Mustjala_vallavalitsus, lk 3
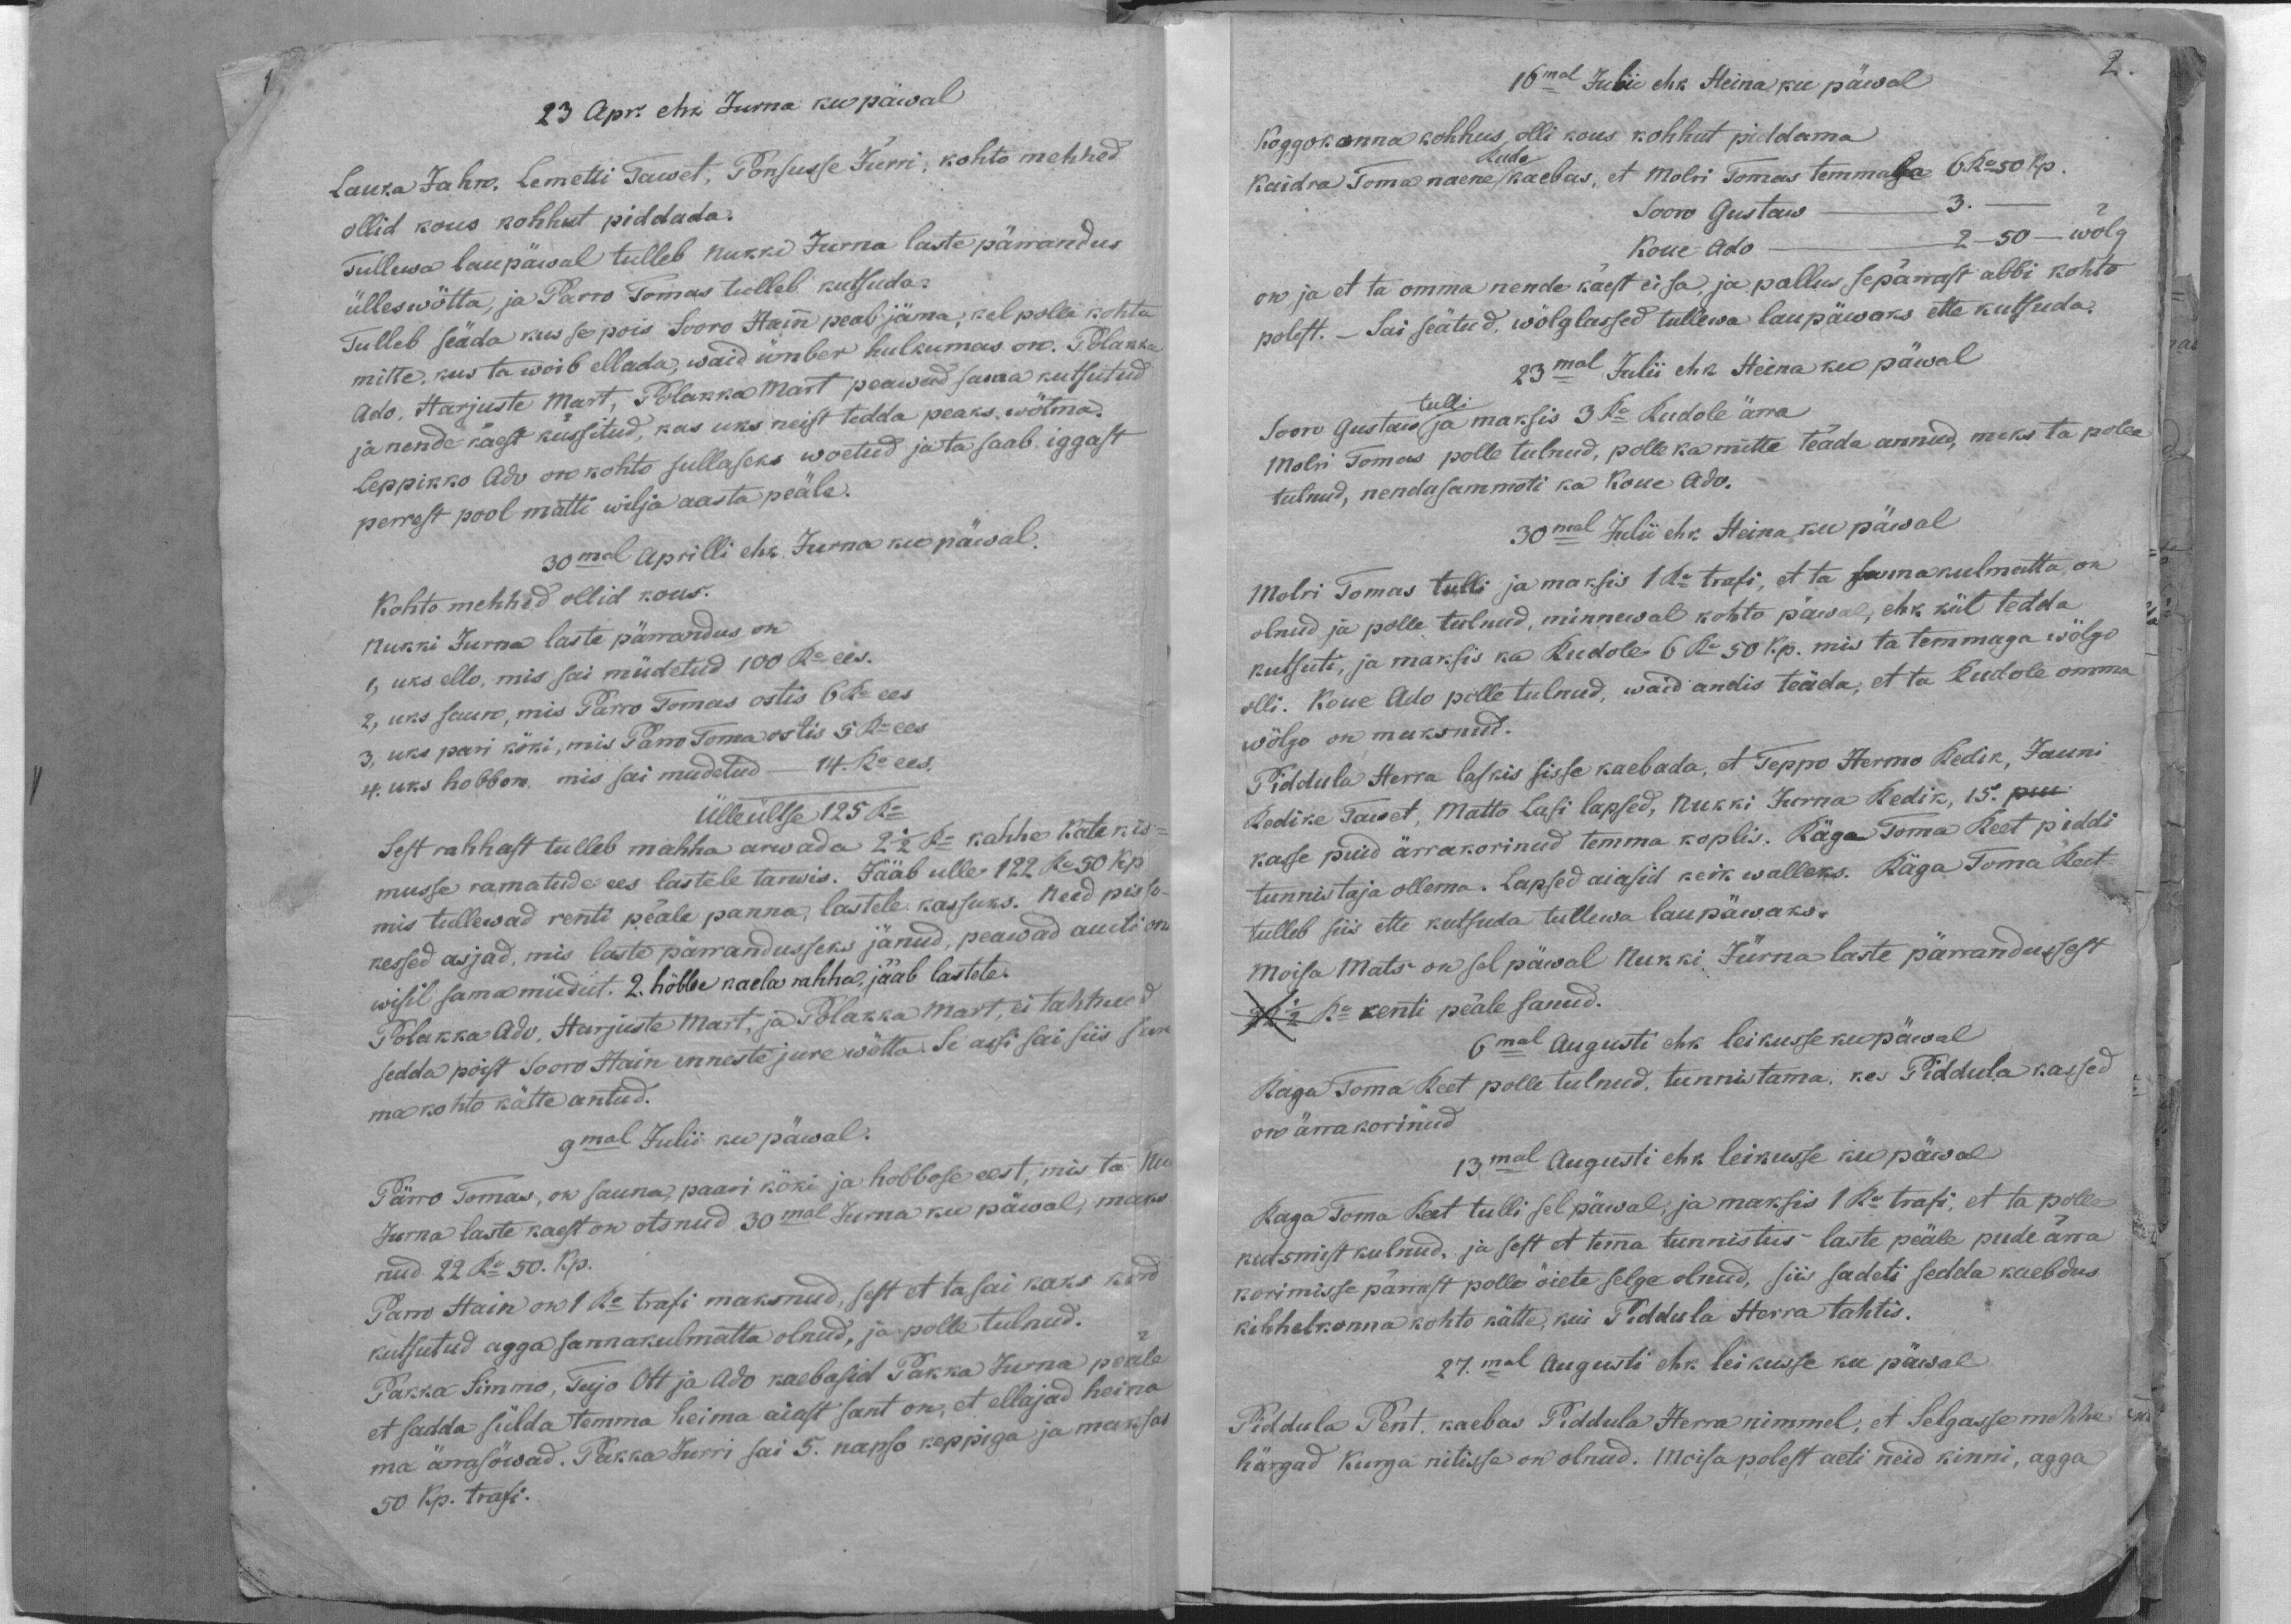
23 Apr. ehk Jurna kupäwal
Lauka Jahn, Lemetti Tawet, Ponsusse Jürri, kohto mehhed
ollid kous kohhut piddada.
Tullewa laupäwal tulleb Nukki Jurna laste pärrandus
ülleswõtta, ja Parro Tomas tulleb kutsuda.
Tulleb seäda kus se pois Sooro Hain peab jäma, kel polle kohta
mitte, kus ta woib ellada, waid ümber hulkumas on. Polakka
Ado, Harjuste Mart, Polakka Mart peawad sama kutsutud
ja nende käest küssitud, kas üks neist tedda peaks wõtma
Leppikko Ado on kohto sullaseks woetud ja ta saab iggast
perrest pool matti wilja aasta peale.
30mal Aprilli ehk. Jurna ku päwal.
Kohto mehhed ollid kous
Nukki Jurna laste pärrandus on
1, üks ello, mis sai müdetud 100 rubla ees.
2, üks saun, mis Parro Tomas ostis 6 Ro ees
3, üks pari köki, mis Parro Tomas ostis 5 Ro ees
4. üks hobbon mis sai müdetud - 14. Ro ees.
Ülleültse 125 Ro
Sest rahhast tulleb mahha arwada 2 1/2 rubla kahhe Katekis-
musse ramatude ees lastele tarwis. Fääb ulle 122 Ro 50 kp.
mis tullewad renti peale panna, lastele kassuks. Need pisse-
kessed asjad, mis laste pärandusseks jänud, peawad auction
wisil sama müdud. 2. hõbbe kaela rahha, jääb lastele.
Polakka Ado, Harjuste Mart, ja Polakka Mart, ei tahtnud
sedda poist Sooro Hain enneste jure wötta. Se assi sai siis sure
ma kohto kätte antud.
9mal Julii ku päwal.
Pärro Tomas, on sauna, paari köki ja hobbose eest, mis ta Nu
Jurna laste kaest on otsnud 30mal Jurna ku päwal, maks
nud 22 Ro 50. Kp.
Parro Hain on 1 Ro trafi maksnud, sest et tasu kaks kord
kutsutud agga sannakulmatta olnud, ja polle tulnud.
Pakka Simmo, Tujo Ott ja Ado kaebasid Pakka Jurna peale
et sadda sülda temma heima aiast sant on, et ellajad heina
ma ärrasöwad. Pakka Jurri sai 5. napso keppiga ja maksas
50 Kp. trafi.

2.
16mal Julie ehk Heina ku päwal
Koggokonna kohhus, olli kous kohhut piddama
Kaidra Toma naene Rudo kaebas, et Molvi Tomas temmaga 6 Ro 50 Kp.
Sooro Gustaw - 3 -
Koue Ado - 2-50 - wõlg.
on ja et ta omma nende käest ei sa, ja pallus sepärast abbi kohto
polest. Sai seätud, wõlglassed tullewa laupäwaks ette kutsuda.
23mal Julii ehk Heina ku päwal
Sooro Gustaw tulli ja maksis 3 Ro. Rudole ärra
Molvi Tomas polle tulnud, polle ka mitte teada annud, meks ta polie
tulnud, nendasammoti ka Koue Ado.
30mal Julii ehk. Heinaku päwal
Molvi Tomas tulli ja maksis 1 Ro trafi, et ta sannakulmatta on
olnud ja polle tulnud, minnewal kohto päwal, ehk kül tedda
kutsuti, ja maksis ka Rudole 6 Ro 50 Kp. mis ta temmaga wõlgo
olli. Koue Ado polle tulnud, waid andis teäda, et ta Rudole omma
wõlgo on maksnud.
Piddula Herra laskis sisse kaebada, et Teppo Hermo Redik, Jauni
Redike Tawet, Matto Lasi lapsed, Nukki Jurna Redik, 15.
kasse puid ärrakorinud temma koplis. Räga Toma Reet piddi
tunnistaja ollema. Lapsed aiasid keik walleks. Räga Toma Reet
tulleb siis ette kutsuda tullewa laupäwaks.
Moisa Mats on sel päwal Nukki Jürna laste pärandussest
N1 1/2 Ro renti peäle sanud.
6mal Augusti ehk leikusse ku päwal
Raga Toma Reest polle tulnud, tunnistama, kes Piddula kassed
on ärra korinud
13mal Augusti ehk leikusse ku päwal
Raga Toma Reet tulli sel päwal, ja maksis 1 Ro trafi, et ta polle
kutsmist kulnud, ja sest et temma tunnistus laste peäle pude ärra
korimisse pärrast polle õiete selge olnud, siis sadeti sedda kaebdus
kihhelkonna kohto kätte, kui Piddula Herra tahtis.
27.mal Augusti ehk leikusse ku päwal
Piddula Pent, kaebas Piddula Herra nimmel, et Selgasse mehhe
härgad Kurga ritisse on olnud. Moisa polest aeti neid kinni, agga